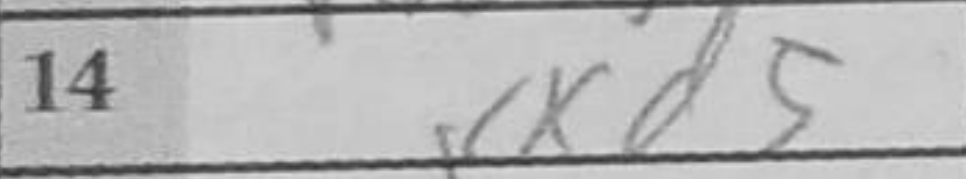
Transcription: Kxd5